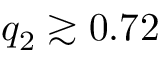
q _ { 2 } \gtrsim 0 . 7 2